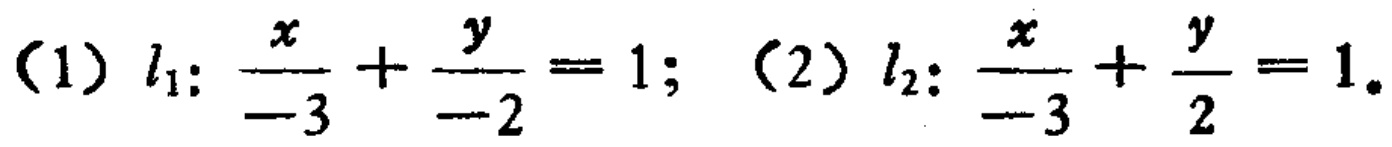
（1）\(l_{1}:\frac{x}{-3}+\frac{y}{-2}=1\); （2）\(l_{2}:\frac{x}{-3}+\frac{y}{2}=1\)